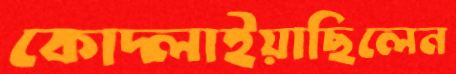
কোদ্‌লাইয়াছিলেন